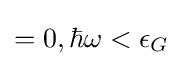
=0,\hbar \omega <\epsilon _{G}